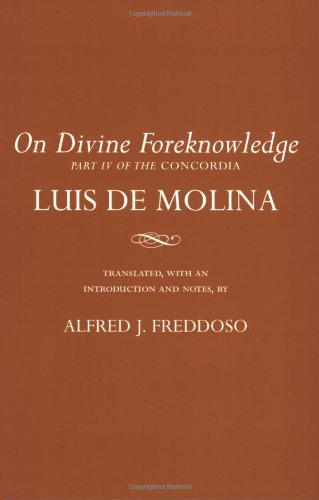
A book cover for On Divine Foreknowledge: Part IV of the "Concordia" (Cornell Classics in Philosophy, "Concordia") (Pt.IV); Luis De Molina; Politics & Social Sciences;